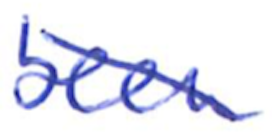
Text: been
Cross-out: diagonal
Writing tool: ballpoint